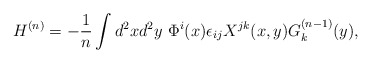
\begin{align*}H^{(n)}=-\frac{1}{n}\int d^2x d^2y~\Phi^i(x)\epsilon_{ij}X^{jk}(x,y)G^{(n-1)}_k(y),\end{align*}